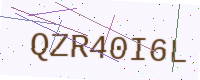
Text: QZR40I6L